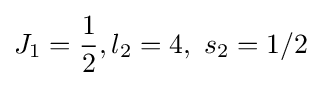
{J_{1}}={\frac {1}{2}},{l_{2}}=4,~{s_{2}}=1/2